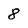
Character: 8